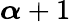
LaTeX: \boldsymbol\alpha+1